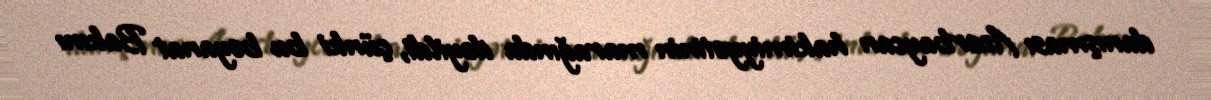
danışması Azərbaycan hakimiyyətinin marağında deyildi, çünki bu bəyanat Bakını